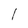
Character: l